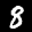
Label: 8